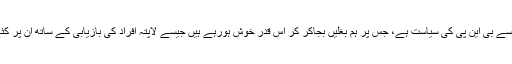
اس کی سادہ سی مثال لاپتہ افراد کے حوالے سے بی این پی کی سیاست ہے، جس پر ہم بغلیں بجاکر کر اس قدر خوش ہورہے ہیں جیسے لاپتہ افراد کی بازیابی کے ساتھ اُن پر کئے گئے جبر و ظلم کا انصاف بھی مل گیا ہو۔